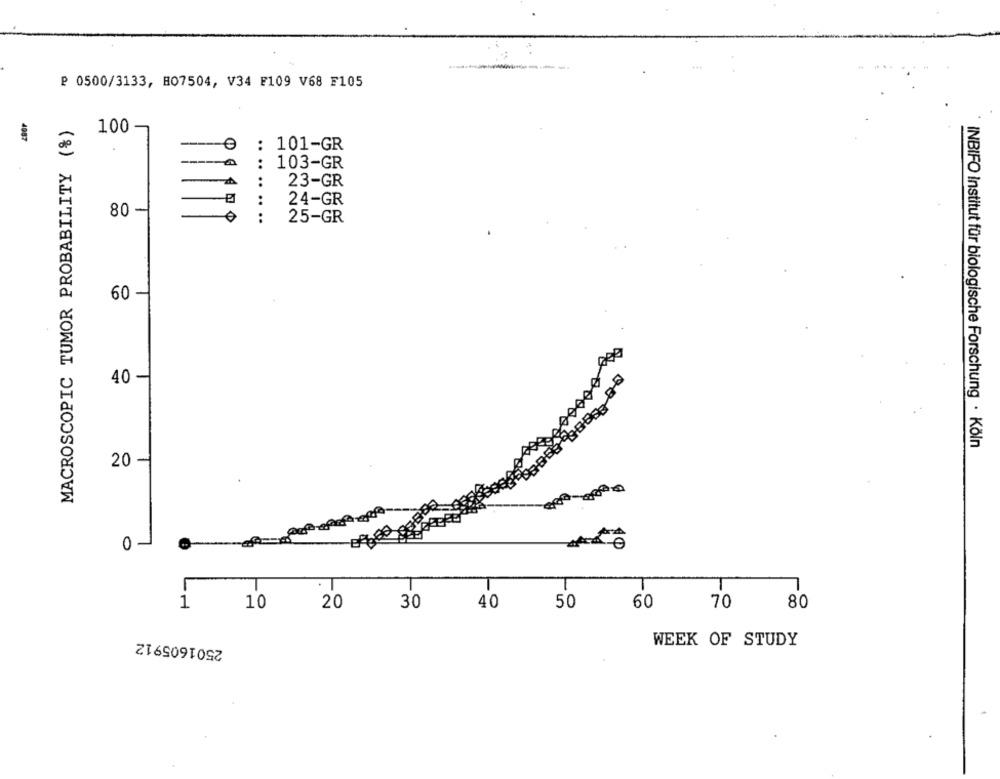
P 0500/3133, 807504, V34 F109 V68 F105
MACROSCOPIC TUMOR PROBABILITY (%)
100
: 101-GR
-
..
103-GR
23-GR
:
24-GR
80-
..
25-GR
60 -
40 -
INBIFO Institut für biologische Forschung · Köln
20 -
0 -
.
T
T
1
1
10
20
30
40
50
60
70
80
2501605912
WEEK OF STUDY